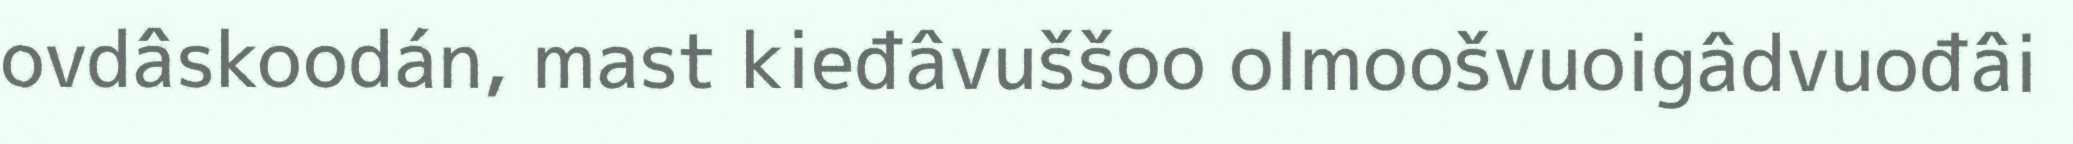
ovdâskoodán, mast kieđâvuššoo olmoošvuoigâdvuođâi